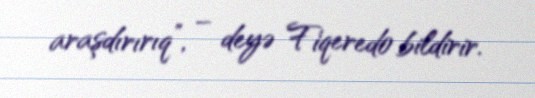
araşdırırıq”, – deyə Fiqeredo bildirir.